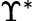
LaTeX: \Upsilon^{\ast}